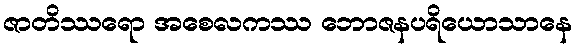
ဇာတိဿရော အစေလကဿ ဘောဇနပရိယောသာနေ